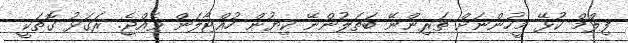
ފިލްމް ކުޅޭ މީހުންނަށް ތަރިންނޭ ބަތަލުންނޭ ކިޔުން ހުއްޓާލަން ވެއްޖެ. ރަގަޅު ގޮތަކީ